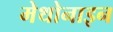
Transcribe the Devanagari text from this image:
मेथोनाइन